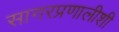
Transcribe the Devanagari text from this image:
सागरप्रणालीशी